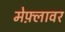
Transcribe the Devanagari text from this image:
मेफ़्लावर